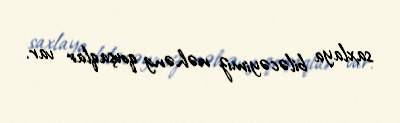
saxlaya biləcəyimiz nəhəng qovşaqlar var.